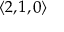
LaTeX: \langle 2 , 1 , 0 \rangle